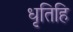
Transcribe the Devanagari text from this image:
धृतिहि